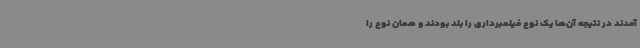
آمدند در نتیجه آن‌ها یک نوع فیلمبرداری را بلد بودند و همان نوع را